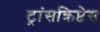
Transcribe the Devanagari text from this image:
ट्रांसक्रिप्टेस